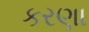
કરણા